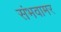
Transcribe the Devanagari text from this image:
संभवामर